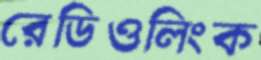
রেডিওলিংক